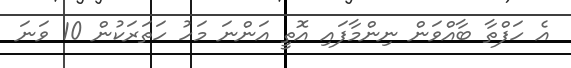
އެ ހަފްތާ ބާއްވަން ނިންމާފައި އޮތީ އަންނަ މަހު ހަތަރަކުން 10 ވަނަ